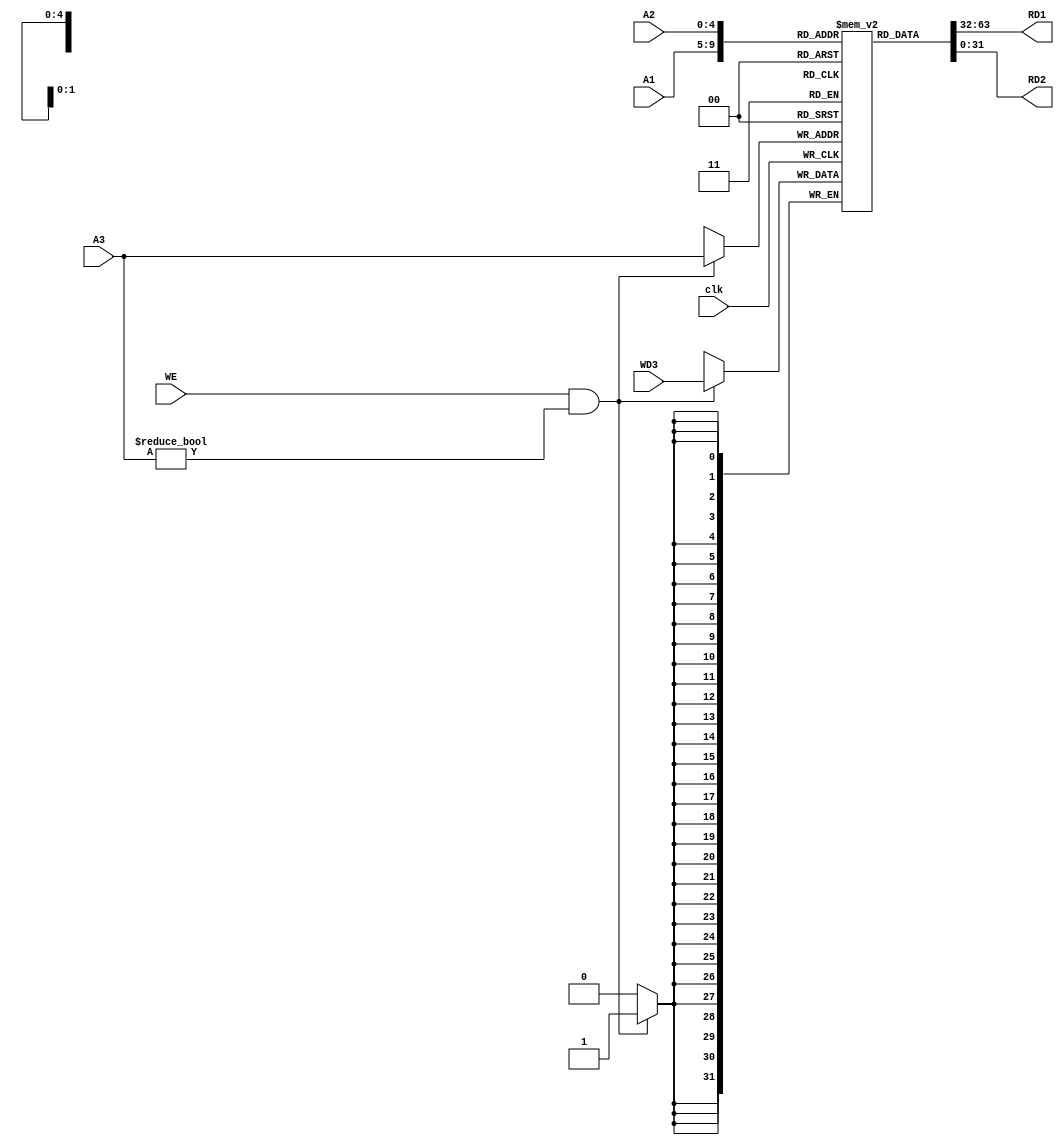
module  rf_riscv(
    input         clk,
    input         WE,
    
    input   [4:0] A1,
    input   [4:0] A2,
    input   [4:0] A3,
    
    input   [31:0] WD3,
    output  [31:0] RD1,
    output  [31:0] RD2
);

    reg [31:0] RAM[0:31];

    initial begin
        RAM[0] = 32'b0;
    end
    
    assign RD1 = /*(A1 == 5'b0)? 32'b0 :*/ RAM[A1];
    assign RD2 = /*(A2 == 5'b0)? 32'b0 :*/ RAM[A2];

    always @ (posedge clk)
        if (WE && (A3 != 5'b0))
            RAM[A3] <= WD3;
endmodule